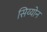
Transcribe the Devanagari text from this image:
सिय्योन